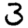
Digit: 3